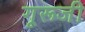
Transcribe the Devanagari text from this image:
गूरूजी